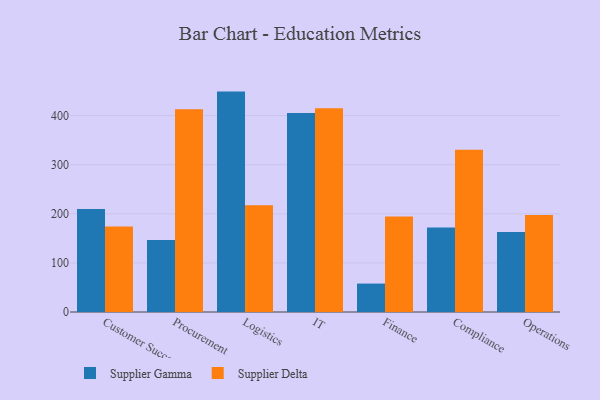
{"axis": {"x": "Department", "y": "Waste Production (Tons)"}, "legend": ["Supplier Delta", "Supplier Gamma"], "data": [{"x": "Customer Success", "y": 210.0, "type": "Supplier Gamma"}, {"x": "Customer Success", "y": 174.1, "type": "Supplier Delta"}, {"x": "Procurement", "y": 146.8, "type": "Supplier Gamma"}, {"x": "Procurement", "y": 413.1, "type": "Supplier Delta"}, {"x": "Logistics", "y": 448.9, "type": "Supplier Gamma"}, {"x": "Logistics", "y": 217.6, "type": "Supplier Delta"}, {"x": "IT", "y": 405.2, "type": "Supplier Gamma"}, {"x": "IT", "y": 415.2, "type": "Supplier Delta"}, {"x": "Finance", "y": 57.9, "type": "Supplier Gamma"}, {"x": "Finance", "y": 194.4, "type": "Supplier Delta"}, {"x": "Compliance", "y": 171.9, "type": "Supplier Gamma"}, {"x": "Compliance", "y": 330.3, "type": "Supplier Delta"}, {"x": "Operations", "y": 162.7, "type": "Supplier Gamma"}, {"x": "Operations", "y": 197.6, "type": "Supplier Delta"}]}